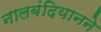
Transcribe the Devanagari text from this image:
नालबंदियानने